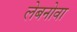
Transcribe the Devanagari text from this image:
लेबनोवा